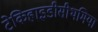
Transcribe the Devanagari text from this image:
टेकिहाइडीसीथमिया